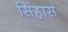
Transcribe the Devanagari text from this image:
सिंहास